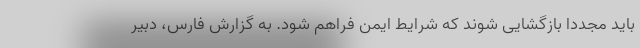
باید مجددا بازگشایی شوند که شرایط ایمن فراهم شود. به گزارش فارس، دبیر